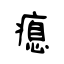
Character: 瘜